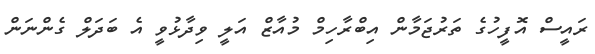
ރައީސް އޮފީހުގެ ތަރުޖަމާން އިބްރާހިމް މުއާޒް އަލީ ވިދާޅުވީ އެ ބަދަލް ގެންނަން